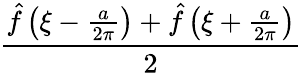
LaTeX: \frac{{\hat{f}}\left(\xi-{\frac{a}{2\pi}}\right)+{\hat{f}}\left(\xi+{\frac{a}{2\pi}}\right)}{2}